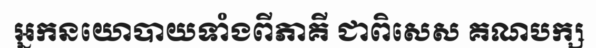
អ្នកនយោបាយទាំងពីភាគី ជាពិសេស គណបក្ស